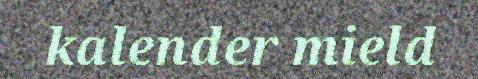
kalender mield